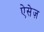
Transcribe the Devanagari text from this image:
ऐसेज़